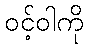
ဝင့်ဝါကို